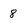
Character: 8